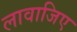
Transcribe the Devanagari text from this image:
लावाजिए